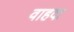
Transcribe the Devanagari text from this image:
वाहदा